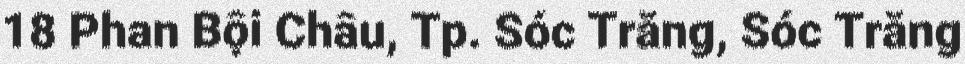
18 Phan Bội Châu, Tp. Sóc Trăng, Sóc Trăng